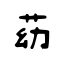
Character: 苭